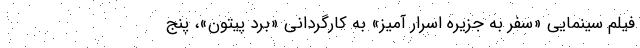
فیلم سینمایی «سفر به جزیره اسرار آمیز» به کارگردانی «برد پیتون»، پنج